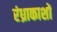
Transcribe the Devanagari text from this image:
रंध्राकाशों